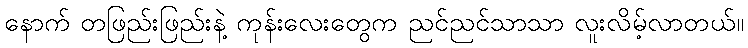
နောက် တဖြည်းဖြည်းနဲ့ ကုန်းလေးတွေက ညင်ညင်သာသာ လူးလိမ့်လာတယ်။